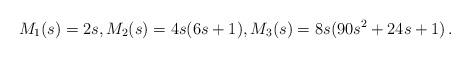
LaTeX: \begin{align*} M_1 (s) = 2s, M_2(s) = 4s(6s+1), M_3 (s) = 8s (90s^2 + 24s+1)\,.\end{align*}